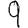
Digit: 9